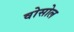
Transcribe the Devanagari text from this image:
वोसोल